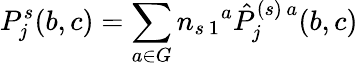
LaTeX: P_{j}^{s}(b,c)=\sum_{a\in G}n_{s\, 1}{}^{a}\hat{P}_{j}^{(s)\, a}(b,c)